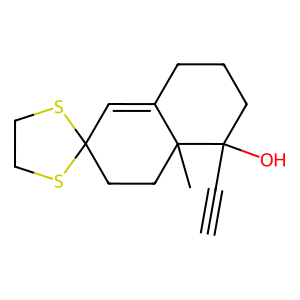
SMILES: C#CC1(O)CCCC2=CC3(CCC21C)SCCS3
Inhibits HIV replication: No